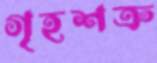
গৃহশত্রু